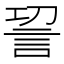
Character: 𮗿